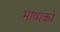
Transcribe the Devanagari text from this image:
भाषाको